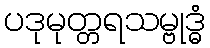
ပဒုမုတ္တရသမ္ဗုဒ္ဓံ